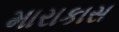
મારાકાસ